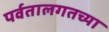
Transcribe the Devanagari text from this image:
पर्वतालगतच्या